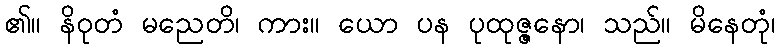
၏။ နိဝုတံ မညေတိ၊ ကား။ ယော ပန ပုထုဇ္ဇနော၊ သည်။ မိနေတုံ၊